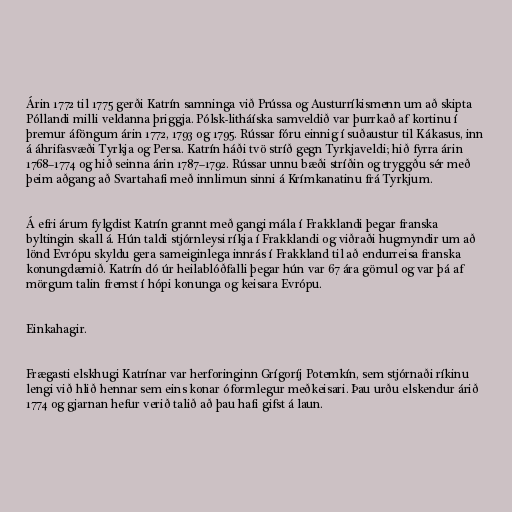
Árin 1772 til 1775 gerði Katrín samninga við Prússa og Austurríkismenn um að skipta
Póllandi milli veldanna þriggja. Pólsk-litháíska samveldið var þurrkað af kortinu í
þremur áföngum árin 1772, 1793 og 1795. Rússar fóru einnig í suðaustur til Kákasus, inn
á áhrifasvæði Tyrkja og Persa. Katrín háði tvö stríð gegn Tyrkjaveldi; hið fyrra árin
1768–1774 og hið seinna árin 1787–1792. Rússar unnu bæði stríðin og tryggðu sér með
þeim aðgang að Svartahafi með innlimun sinni á Krímkanatinu frá Tyrkjum.

Á efri árum fylgdist Katrín grannt með gangi mála í Frakklandi þegar franska
byltingin skall á. Hún taldi stjórnleysi ríkja í Frakklandi og viðraði hugmyndir um að
lönd Evrópu skyldu gera sameiginlega innrás í Frakkland til að endurreisa franska
konungdæmið. Katrín dó úr heilablóðfalli þegar hún var 67 ára gömul og var þá af
mörgum talin fremst í hópi konunga og keisara Evrópu.

Einkahagir.

Frægasti elskhugi Katrínar var herforinginn Grígoríj Potemkín, sem stjórnaði ríkinu
lengi við hlið hennar sem eins konar óformlegur meðkeisari. Þau urðu elskendur árið
1774 og gjarnan hefur verið talið að þau hafi gifst á laun.